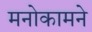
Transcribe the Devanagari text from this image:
मनोकामने